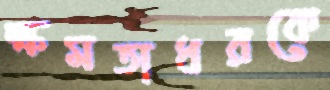
ক্ষমতাধরকে